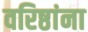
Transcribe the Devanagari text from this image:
वरिष्ठांना